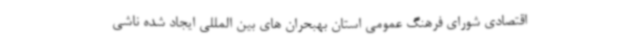
اقتصادی شورای فرهنگ عمومی استان بهبحران های بین المللی ایجاد شده ناشی